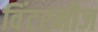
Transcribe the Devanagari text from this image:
विंटरनीज